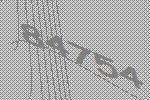
84754